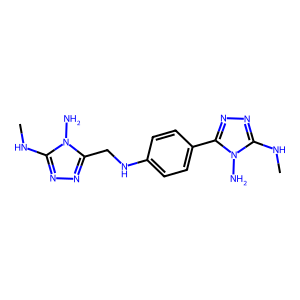
SMILES: CNc1nnc(CNc2ccc(-c3nnc(NC)n3N)cc2)n1N
Inhibits HIV replication: No